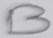
Text: B